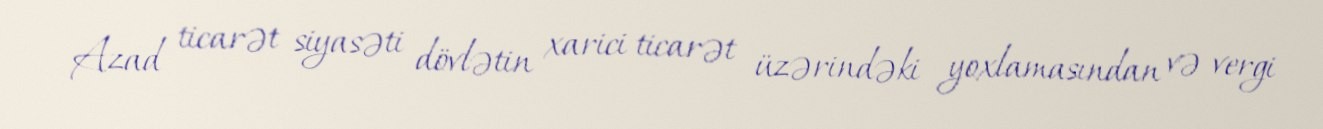
Azad ticarət siyasəti dövlətin xarici ticarət üzərindəki yoxlamasından və vergi